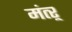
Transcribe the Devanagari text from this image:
मंत्ऱ्